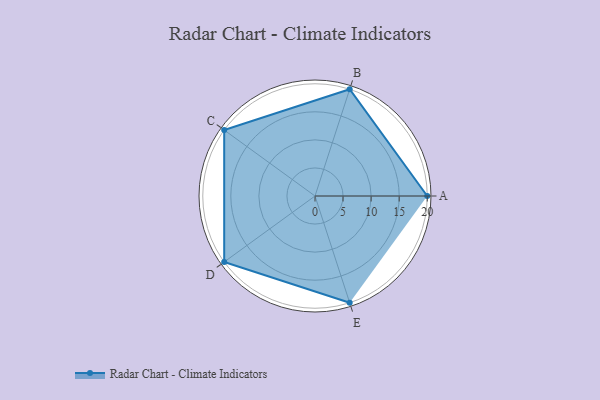
{"axis": {"x": "Skill", "y": "Score"}, "legend": ["Profile"], "data": [{"x": "A", "y": 20.0, "type": "Profile"}, {"x": "B", "y": 20, "type": "Profile"}, {"x": "C", "y": 20, "type": "Profile"}, {"x": "D", "y": 20, "type": "Profile"}, {"x": "E", "y": 20, "type": "Profile"}]}